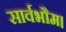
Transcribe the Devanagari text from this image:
सार्वभौम।